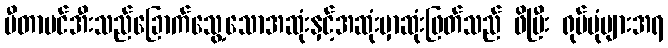
ဗီတာမင်အီးသည်ခြောက်သွေ့သောအဆုံးနှင့်အဆုံးမှာဆုံးဖြတ်သည် ဖိပြီး ရုပ်ပုံများအရ